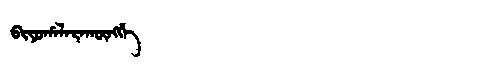
Manchu: ᠪᡳᠶᠣᡥᠠᠯᠠᡵᠠᡴᡡᠩᡤᡝ
Romanization: BIYOHALARAKŪNGGE